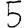
Digit: 5